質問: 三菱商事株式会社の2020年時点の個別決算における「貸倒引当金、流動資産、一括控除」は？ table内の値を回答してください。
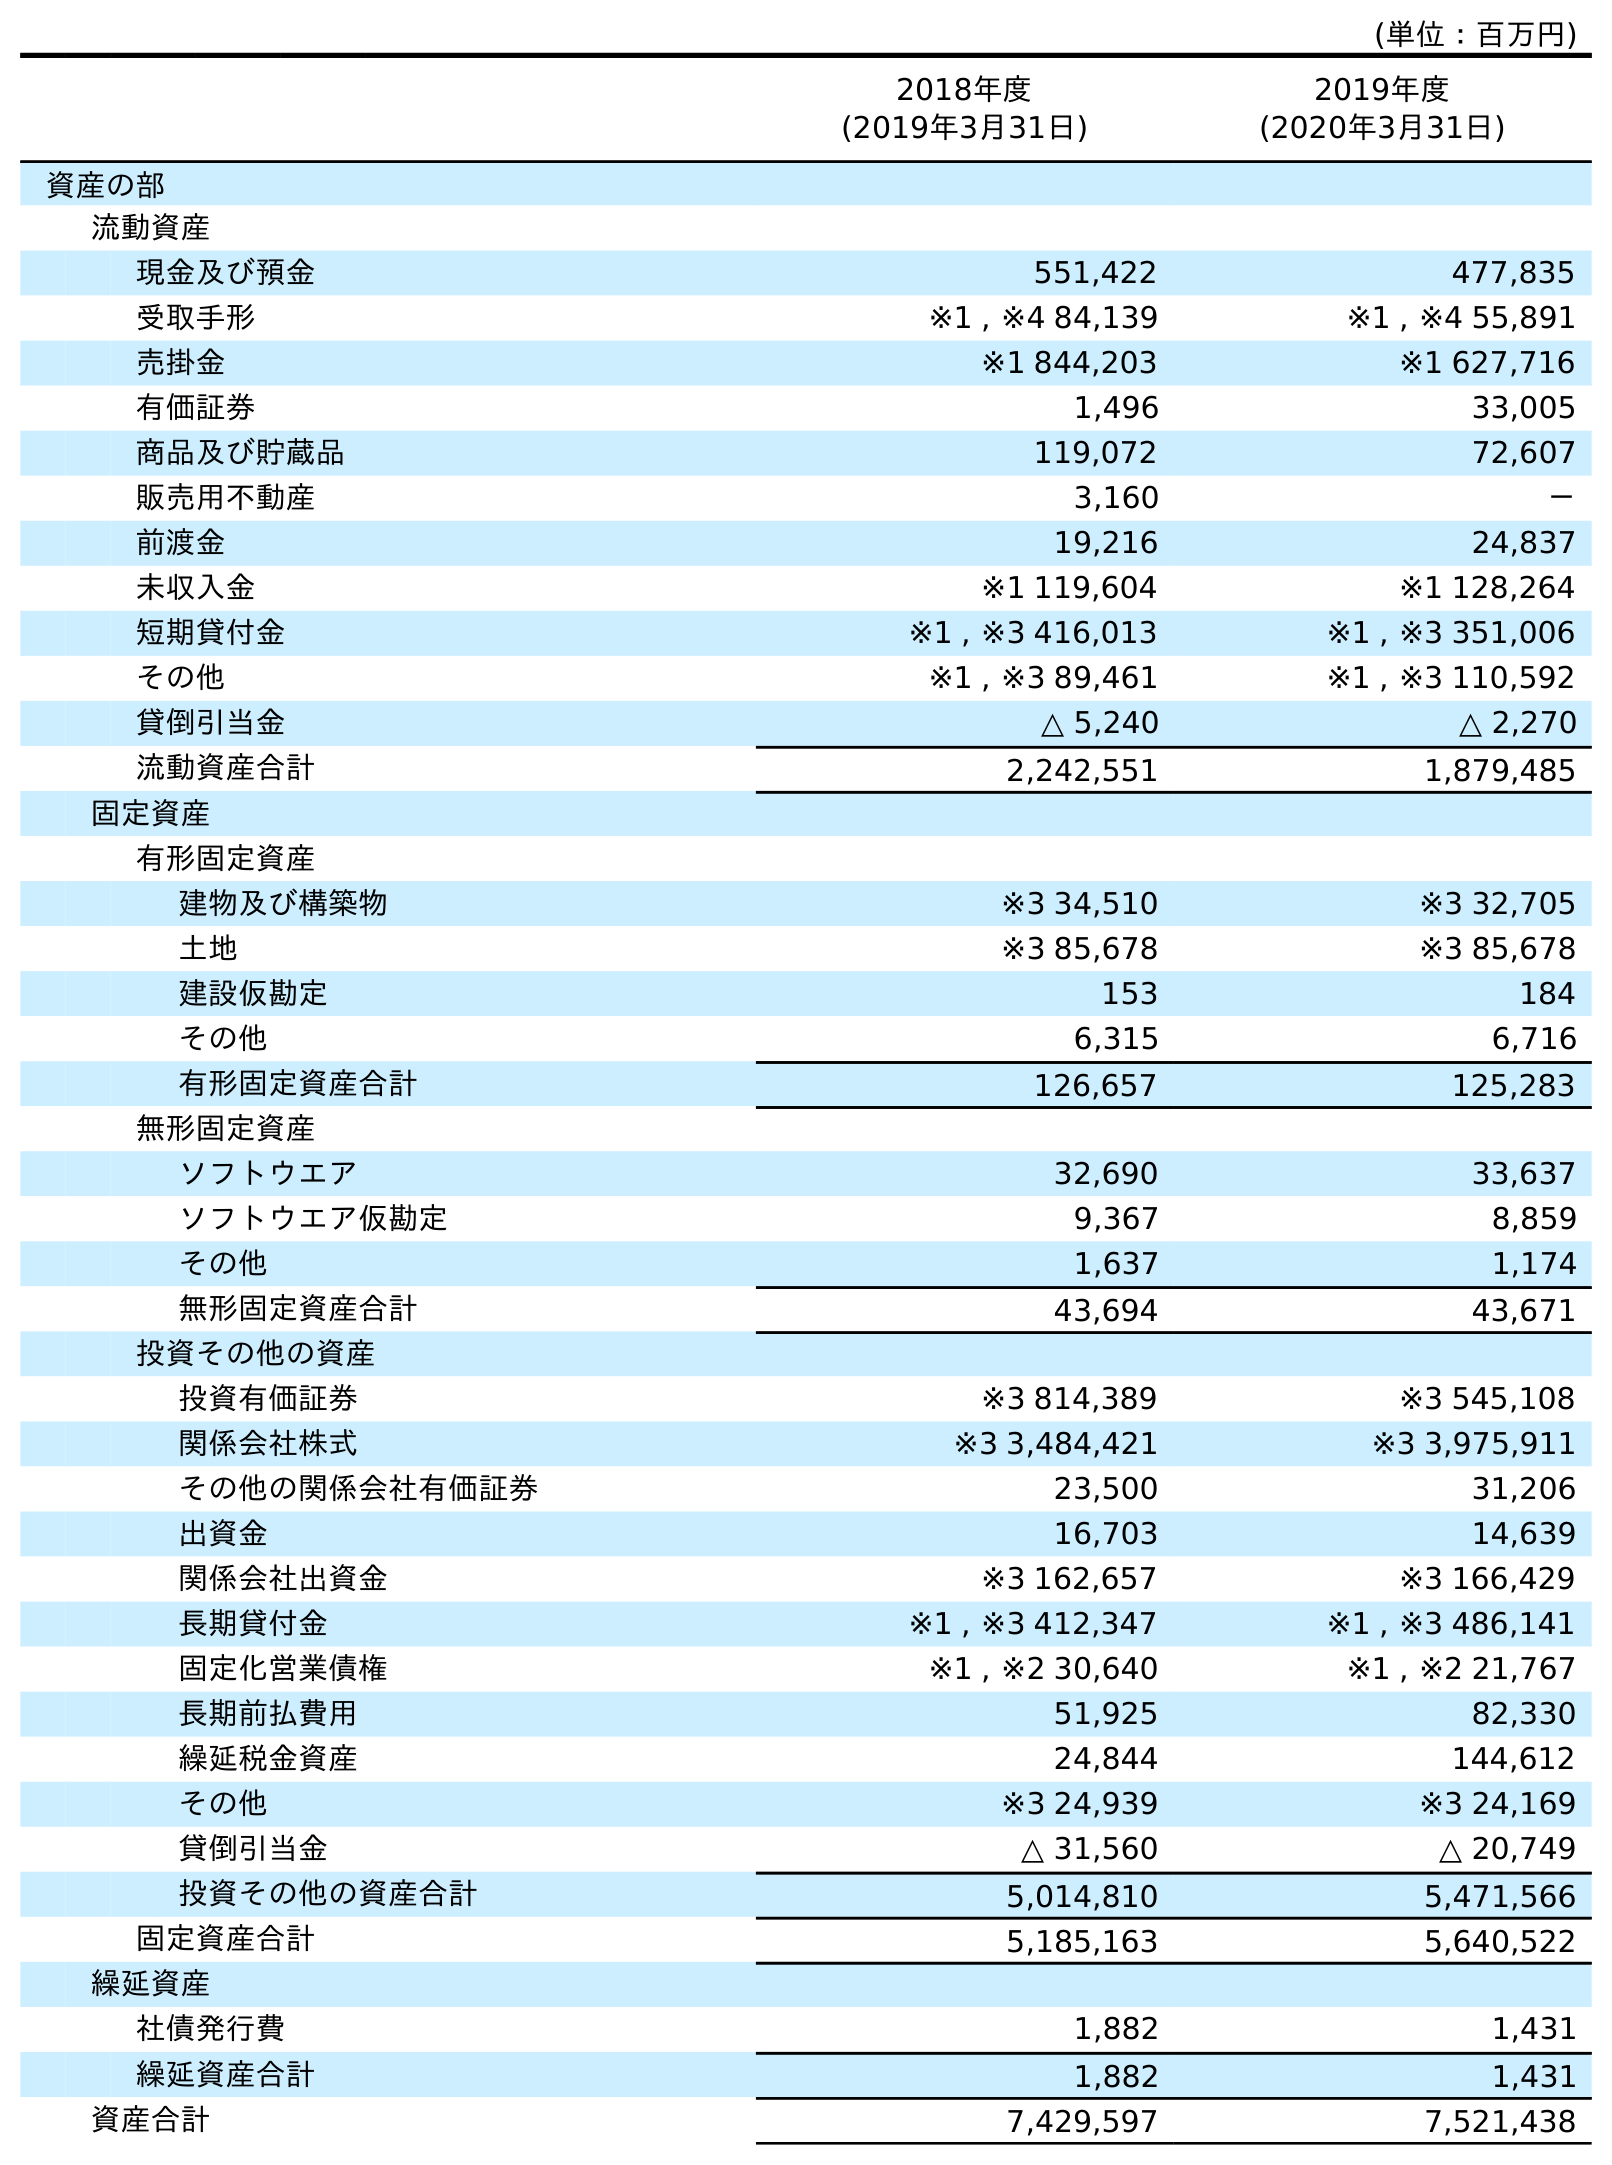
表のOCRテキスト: (単位：百万円) 2018年度 (2019年3月31日) 2019年度 (2020年3月31日) 資産の部 流動資産 現金及び預金 551,422 477,835 受取手形 ※1 , ※4 84,139 ※1 , ※4 55,891 売掛金 ※1 844,203 ※1 627,716 有価証券 1,496 33,005 商品及び貯蔵品 119,072 72,607 販売用不動産 3,160 － 前渡金 19,216 24,837 未収入金 ※1 119,604 ※1 128,264 短期貸付金 ※1 , ※3 416,013 ※1 , ※3 351,006 その他 ※1 , ※3 89,461 ※1 , ※3 110,592 貸倒引当金 △ 5,240 △ 2,270 流動資産合計 2,242,551 1,879,485 固定資産 有形固定資産 建物及び構築物 ※3 34,510 ※3 32,705 土地 ※3 85,678 ※3 85,678 建設仮勘定 153 184 その他 6,315 6,716 有形固定資産合計 126,657 125,283 無形固定資産 ソフトウエア 32,690 33,637 ソフトウエア仮勘定 9,367 8,859 その他 1,637 1,174 無形固定資産合計 43,694 43,671 投資その他の資産 投資有価証券 ※3 814,389 ※3 545,108 関係会社株式 ※3 3,484,421 ※3 3,975,911 その他の関係会社有価証券 23,500 31,206 出資金 16,703 14,639 関係会社出資金 ※3 162,657 ※3 166,429 長期貸付金 ※1 , ※3 412,347 ※1 , ※3 486,141 固定化営業債権 ※1 , ※2 30,640 ※1 , ※2 21,767 長期前払費用 51,925 82,330 繰延税金資産 24,844 144,612 その他 ※3 24,939 ※3 24,169 貸倒引当金 △ 31,560 △ 20,749 投資その他の資産合計 5,014,810 5,471,566 固定資産合計 5,185,163 5,640,522 繰延資産 社債発行費 1,882 1,431 繰延資産合計 1,882 1,431 資産合計 7,429,597 7,521,438
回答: △2,270